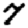
Digit: 7